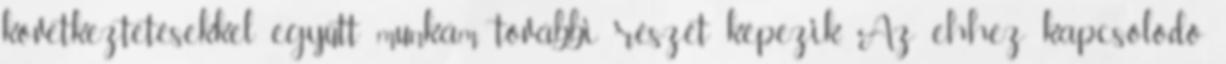
következtetésekkel együtt munkám további részét képezik. Az ehhez kapcsolódó